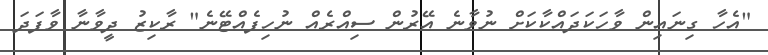
"އެހާ ގިނައިން ވާހަކަދައްކާކަށް ނުވާނެ އޭރުން ސިއްރެއް ނުހިފެއްޓޭނެ" ރާކިޒު ދީވާނާ ވާފަދަ